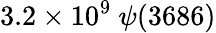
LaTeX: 3.2\times 10^{9}\ \psi(3686)